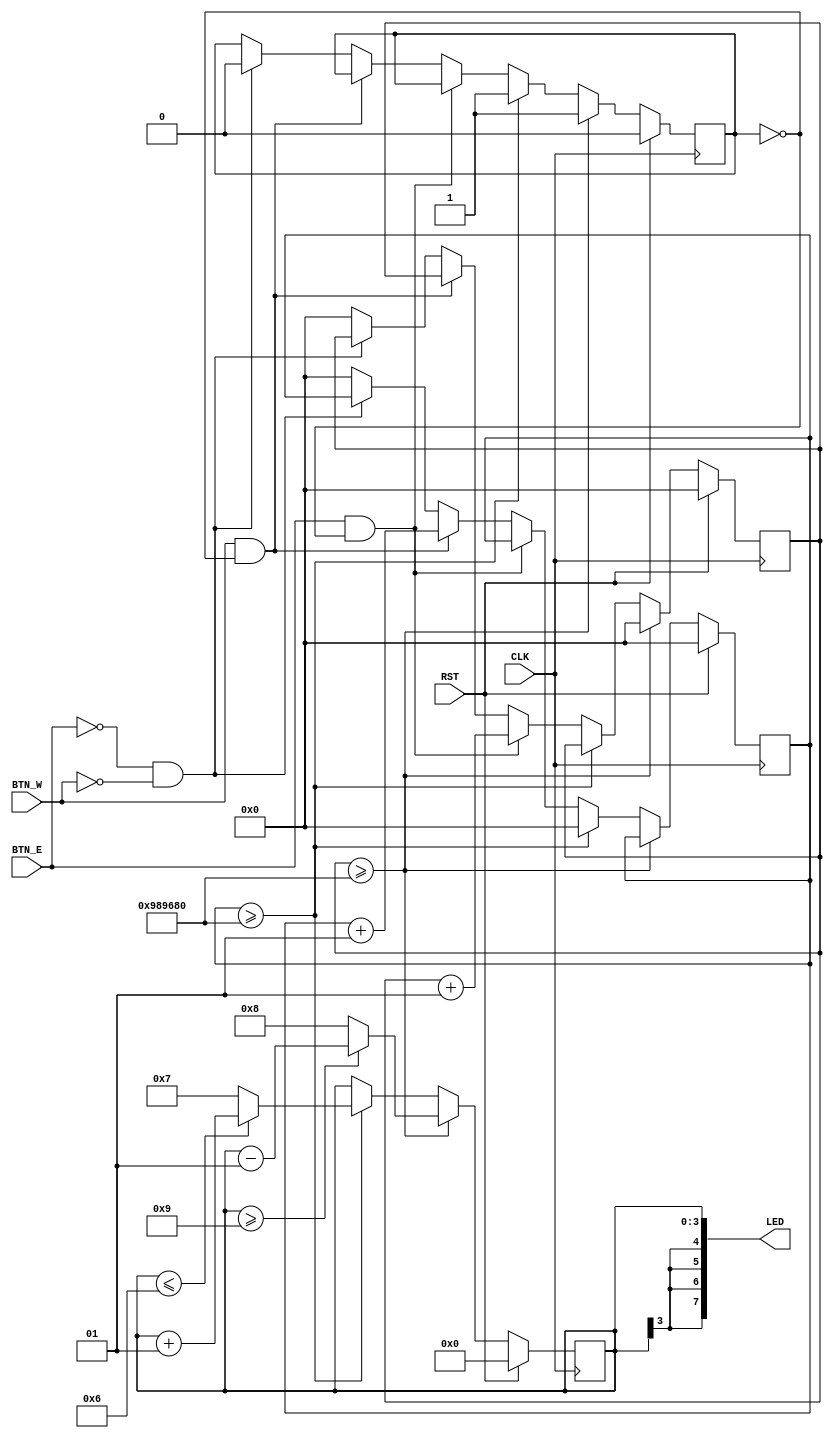
module Main(
		input CLK, RST, BTN_E, BTN_W,
		output [7:0] LED
	);

	reg signed [31:0] btn_e_count, btn_w_count;
	reg signed [3:0] counter;
	reg operated;

	// outputting the counter value to the leds
	assign LED = {{4{counter[3]}}, counter};

	// debouncing button signals
	always @(posedge CLK) begin
		if (RST) begin
			btn_e_count <= 0;
			btn_w_count <= 0;
			operated <= 0;
		end
		else if (btn_e_count >= 32'd10000000) begin
			btn_e_count <= 0;
			operated <= 1;
		end
		else if (btn_w_count >= 32'd10000000) begin
			btn_w_count <= 0;
			operated <= 1;
		end
		else if (BTN_E && ~operated)
			btn_e_count <= btn_e_count + 1;
		else if (BTN_W && ~operated)
			btn_w_count <= btn_w_count + 1;
		else if (~BTN_E && ~BTN_W)
			operated <= 0;
		else begin
			btn_e_count <= 0;
			btn_w_count <= 0;
		end
	end

	// increasing or decreasing the counter
	always @(posedge CLK) begin
		if (RST)
			counter <= 0;
		else if (btn_e_count >= 32'd10000000) begin
			if (counter >= -7)
				counter <= counter - 1;
			else
				counter <= -8;
		end
		else if (btn_w_count >= 32'd10000000) begin
			if (counter <= 6)
				counter <= counter + 1;
			else
				counter <= 7;
		end
	end

endmodule